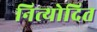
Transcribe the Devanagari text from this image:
नित्योदित